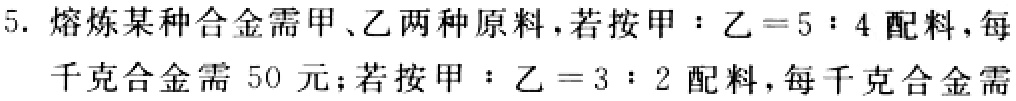
5. 熔炼某种合金需甲、乙两种原料，若按甲：乙 = 5：4 配料，每千克合金需 50 元；若按甲：乙 = 3：2 配料，每千克合金需